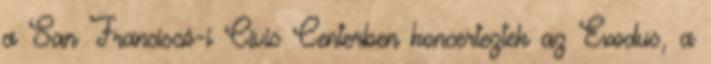
a San Franciscó-i Civic Centerben koncerteztek az Exodus, a